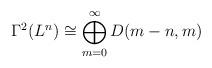
LaTeX: \begin{align*}\Gamma^2(L^n) \cong \bigoplus_{m=0}^{\infty} D(m-n,m)\end{align*}